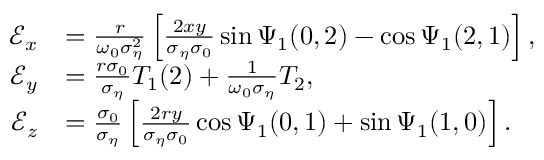
\begin{array} { r l } { \mathcal { E } _ { x } } & { = \frac { r } { \omega _ { 0 } \sigma _ { \eta } ^ { 2 } } \left[ \frac { 2 x y } { \sigma _ { \eta } \sigma _ { 0 } } \sin \Psi _ { 1 } ( 0 , 2 ) - \cos \Psi _ { 1 } ( 2 , 1 ) \right] , } \\ { \mathcal { E } _ { y } } & { = \frac { r \sigma _ { 0 } } { \sigma _ { \eta } } T _ { 1 } ( 2 ) + \frac { 1 } { \omega _ { 0 } \sigma _ { \eta } } T _ { 2 } , } \\ { \mathcal { E } _ { z } } & { = \frac { \sigma _ { 0 } } { \sigma _ { \eta } } \left[ \frac { 2 r y } { \sigma _ { \eta } \sigma _ { 0 } } \cos \Psi _ { 1 } ( 0 , 1 ) + \sin \Psi _ { 1 } ( 1 , 0 ) \right] . } \end{array}